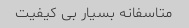
متاسفانه بسیار بی کیفیت